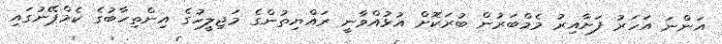
އަންނަ އަހަރު ފަށާއިރު މެމްބަރުން ބުރަކޮށް އުޅުއްވާނީ ރައްޔިތުންގެ މަޖިލީހުގެ އިންތިހާބުގެ ކެމްޕޭނުގައި